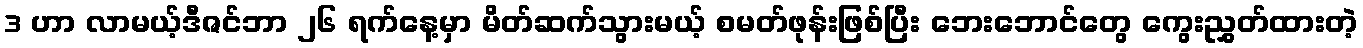
3 ဟာ လာမယ့်ဒီဇင်ဘာ ၂၆ ရက်နေ့မှာ မိတ်ဆက်သွားမယ့် စမတ်ဖုန်းဖြစ်ပြီး ဘေးဘောင်တွေ ကွေးညွှတ်ထားတဲ့